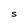
Character: S